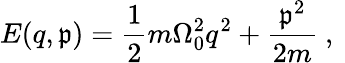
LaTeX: E(q,\mathfrak{p})=\frac{{1}}{{2}}m\Omega_{0}^{2}q^{2}+\frac{{\mathfrak{p}^{2}}}{{2m}}\mathrm{{~,~}}